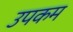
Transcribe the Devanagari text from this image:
उपकम